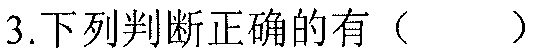
3.下列判断正确的有（  ）